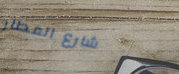
شارع المطار